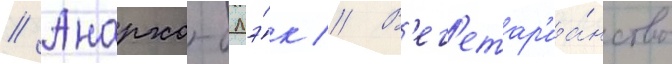
// Анархо-блэ́к // В'ег'етар'иа́нство